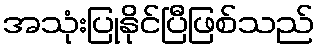
အသုံးပြုနိုင်ပြီဖြစ်သည်